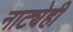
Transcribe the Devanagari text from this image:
नाट्येही